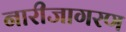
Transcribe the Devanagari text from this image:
नारीजागरण